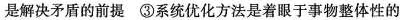
是解决矛盾的前提 ③系统优化方法是着眼于事物整体性的